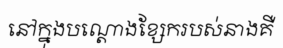
នៅក្នុងបណ្តោងខ្សែករបស់នាងគឺ